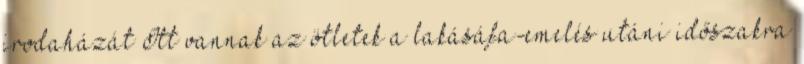
irodaházát Itt vannak az ötletek a lakásáfa-emelés utáni időszakra